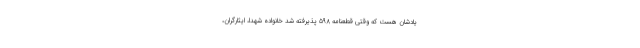
یادشان هست که وقتی قطعنامه ۵۹۸ پذیرفته شد خانواده شهدا، ایثارگران،